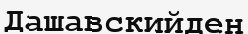
Дашавскийден